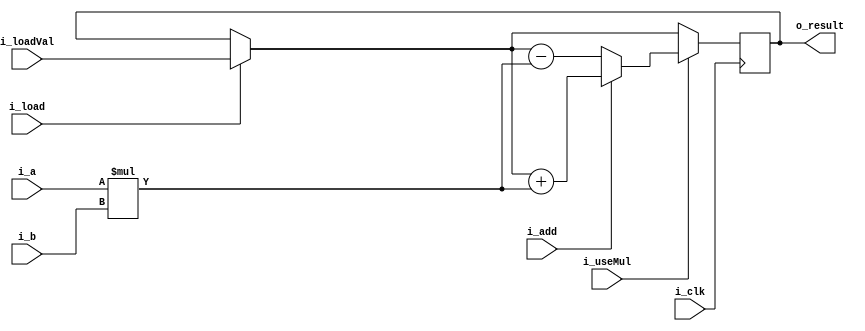
module MAC #(parameter ABIT = 8, BBIT = 8, EBIT = 8) /* # i_a, i_b bits and # extra bits for accumulator */
(
	// clock input
	i_clk,
	// value inputs
	i_a, i_b, i_loadVal,
	// control inputs
	i_load, i_add, i_useMul,
	// you know
	o_result
);
	// i_load/i_useMul/i_add: o_result
	//      0/       0/    x  o_result
	//      0/       1/       o_result+a*b (or minus)
	//      1/       0/    x  i_loadVal
	//      1/       1/       i_loadVal+a*b (or minus)
	localparam MBIT = ABIT+BBIT; // multiplication
	localparam TBIT = MBIT+EBIT; // total

	input i_clk, i_load, i_add, i_useMul;
	input signed [ABIT-1:0] i_a;
	input signed [BBIT-1:0] i_b;
	input signed [TBIT-1:0] i_loadVal;
	output reg signed [TBIT-1:0] o_result;

	// bit extension
	wire signed [MBIT-1:0] i_a_se = {{BBIT{i_a[ABIT-1]}}, i_a};

	wire signed [TBIT-1:0] prevVal = i_load? i_loadVal: o_result;
	wire signed [MBIT-1:0] mul_result = i_a_se * i_b;
	wire signed [TBIT-1:0] mac_result = i_add? (prevVal+mul_result): (prevVal-mul_result);

	always@(posedge i_clk) begin
		o_result <= i_useMul? mac_result: prevVal;
	end
endmodule